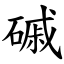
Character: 磩